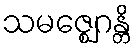
သမဇ္ဈေဂန္တိ